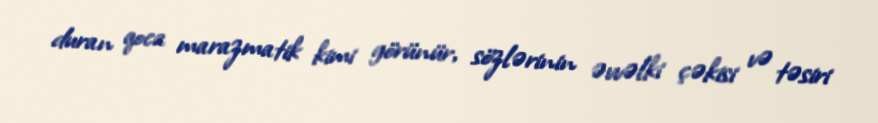
duran qoca marazmatik kimi görünür, sözlərinin əvvəlki çəkisi və təsiri